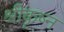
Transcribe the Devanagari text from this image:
श्रीकृष्न